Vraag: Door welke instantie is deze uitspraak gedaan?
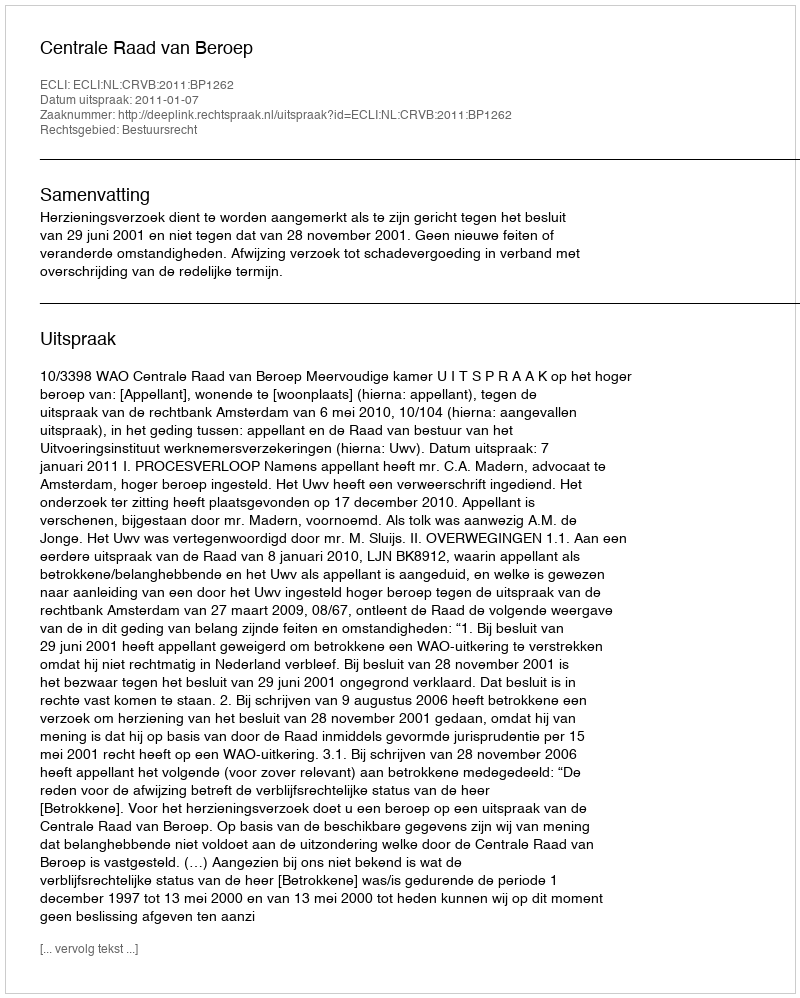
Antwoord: Centrale Raad van Beroep